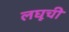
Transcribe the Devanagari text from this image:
लघूची